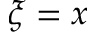
\xi = x